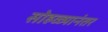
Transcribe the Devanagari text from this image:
सोहळ्यानंतर